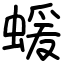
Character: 蝯